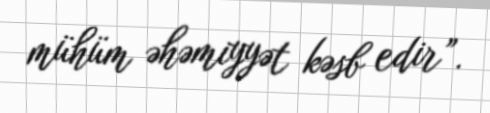
mühüm əhəmiyyət kəsb edir”.